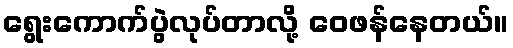
ရွေးကောက်ပွဲလုပ်တာလို့ ဝေဖန်နေတယ်။